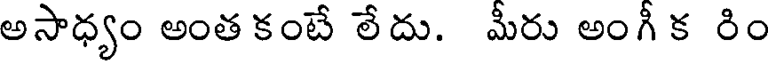
అసాధ్యం అంత కంటే లేదు. మీరు అంగీ క రిం